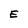
Character: E